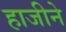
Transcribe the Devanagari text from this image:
हाजीने